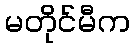
မတိုင်မီက